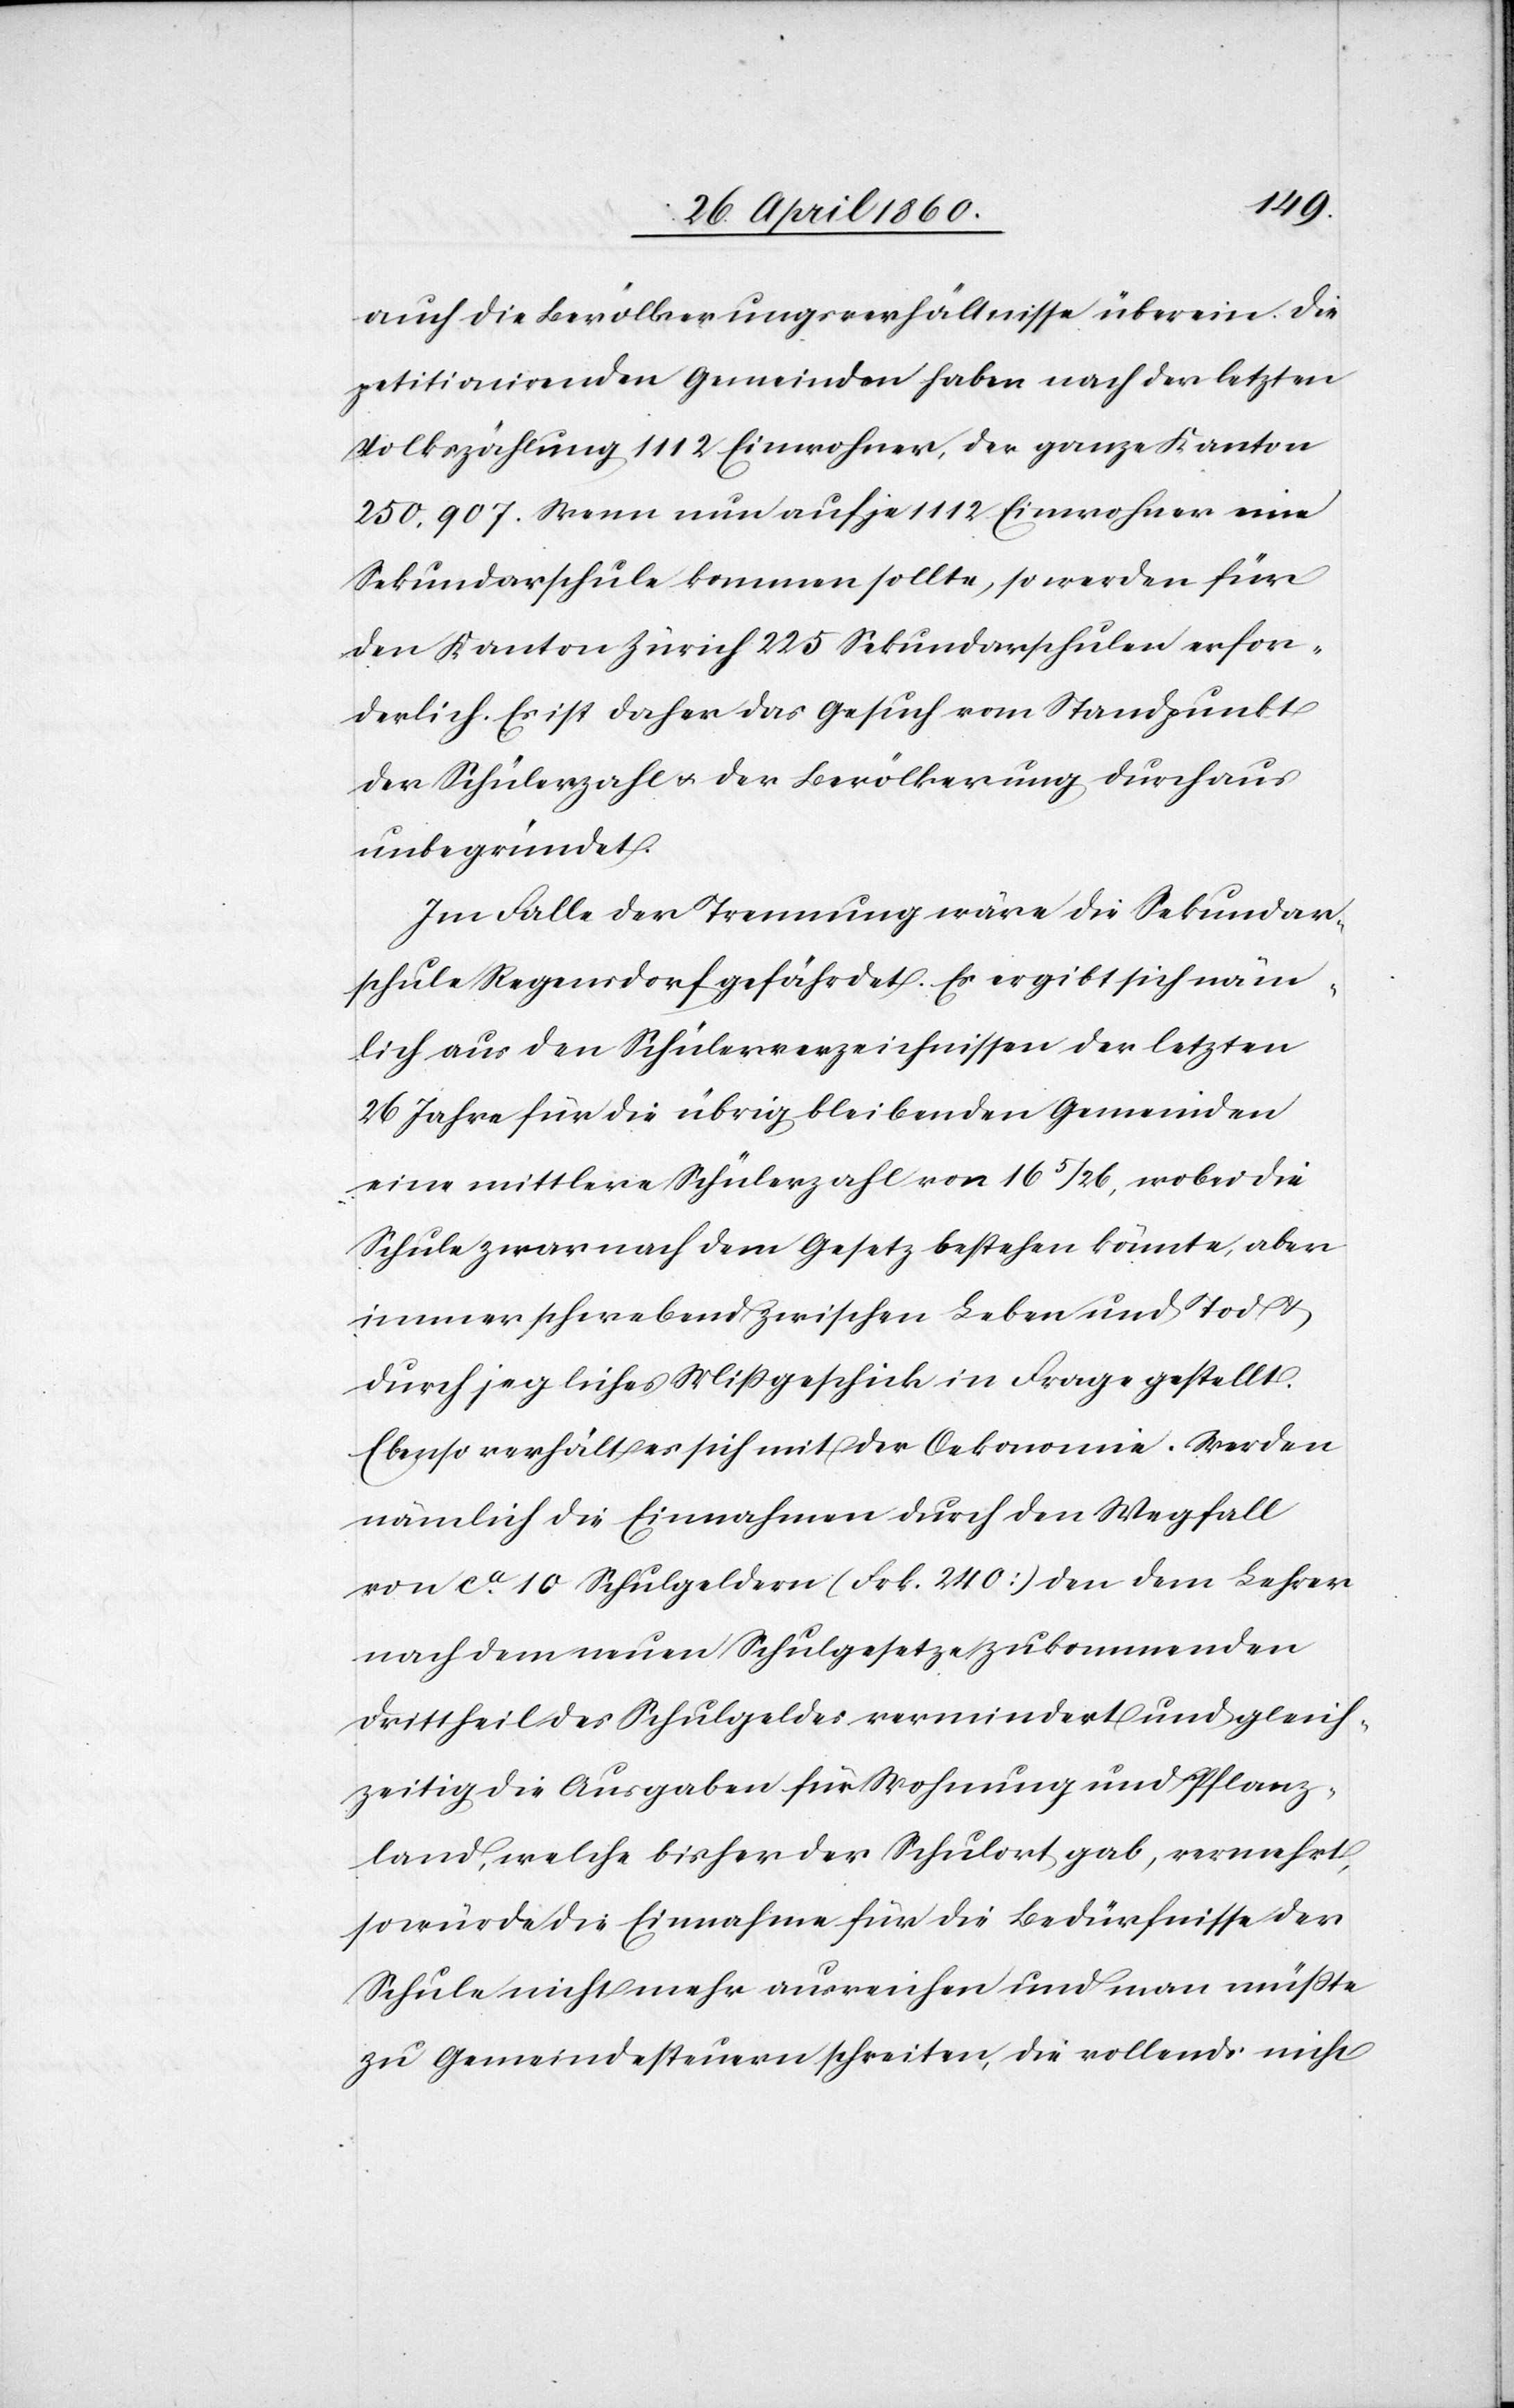
auch die Bevölkerungsverhältnisse überein. Die
petitionirenden Gemeinden haben nach der letzten
Volkszählung 1112 Einwohner, der ganze Kanton
250,907. Wenn nun auf je 1112 Einwohner eine
Sekundarschule kommen sollte, so werden für
den Kanton Zürich 225 Sekundarschulen erfor¬
derlich. Es ist daher das Gesuch vom Standpunkt
der Schülerzahl u. der Bevölkerung durchaus
unbegründet.
Im Falle der Trennung wäre die Sekundar¬
schule Regensdorf gefährdet. Es ergibt sich näm¬
lich aus den Schülerverzeichnissen der letzten
26 Jahre für die übrig bleibenden Gemeinden
eine mittlere Schülerzahl von 16 5/26, wobei die
Schule zwar nach dem Gesetz bestehen könnte, aber
immer schwebend zwischen Leben und Tod u.
durch jegliches Mißgeschick in Frage gestellt.
Ebenso verhält es sich mit der Oekonomie. Werden
nämlich die Einnahmen durch den Wegfall
von ca 10 Schulgeldern (Frk. 240) von dem Lehrer
nach dem neuen Schulgesetze zukommenden
Drittheil des Schulgeldes vermindert und gleich¬
zeitig die Ausgaben für Wohnung und Pflanz¬
land, welche bisher der Schulort gab, vermehrt,
so würde die Einnahme für die Bedürfnisse der
Schule nicht mehr ausreichen und man müsste
zu Gemeindesteuern schreiten, die vollends nicht